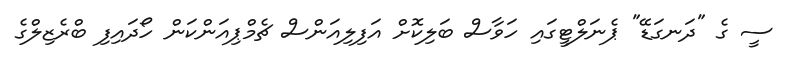
ސީ ގެ "ދަނގަޑޭ" ޕެނަލްޓީގައި ހަވާސް ބަލިކޮށް އަފިލިއަންސް ޗެމްޕިއަންކަން ހޯދައިފި ބްރެޒިލްގެ